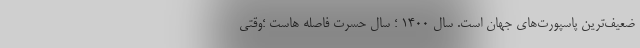
ضعیف‌ترین پاسپورت‌های جهان است. سال ۱۴۰۰ ؛ سال حسرت فاصله هاست ؛وقتی